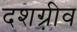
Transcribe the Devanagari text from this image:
दशग़्रीव